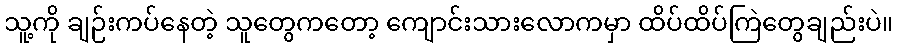
သူ့ကို ချဉ်းကပ်နေတဲ့ သူတွေကတော့ ကျောင်းသားလောကမှာ ထိပ်ထိပ်ကြဲတွေချည်းပဲ။